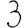
Digit: 3